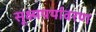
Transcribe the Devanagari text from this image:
सूक्ष्मपर्यावरण